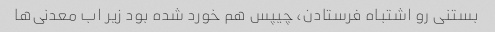
بستنی رو اشتباه فرستادن، چیپس هم خورد شده بود زیر اب معدنی‌ها